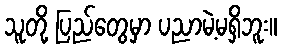
သူတို့ ပြည်တွေမှာ ပညာမဲ့မရှိဘူး။